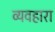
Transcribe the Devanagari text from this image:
व्यवहारा